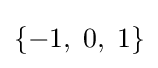
\{-1,\;0,\;1\}